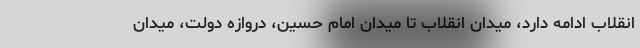
انقلاب ادامه دارد، میدان انقلاب تا میدان امام حسین، دروازه دولت، میدان